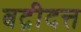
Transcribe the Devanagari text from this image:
बद्रीदत्त